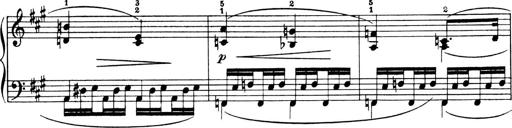
Title: 4 Sonatines
Composer: Max Reger